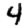
Digit: 4